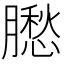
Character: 𦡗